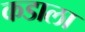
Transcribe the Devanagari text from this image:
कडाला